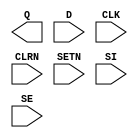
module random_ff( /*AUTOARG*/
// Outputs
Q, 
// Inputs
D, CLK, CLRN, SETN, SI, SE
);

input   D;
input   CLK;
output  Q;
input   CLRN;   //  reset when 0
input   SETN;   // preset when 0
input   SI;     // scan input
input   SE;     // scan enable

parameter D2Q = 0.200; // Q delay

// synopsys translate_off

reg     Q;
reg     syn_notify;
reg     asy_notify;
integer seed;

initial
begin
seed        = 19827;
syn_notify  = 0;
asy_notify  = 0;
end

wire se_check;
wire dq_check;
wire sq_check;

and u_se_check ( se_check, CLRN, SETN      );
and u_dq_check ( dq_check, CLRN, SETN, ~SE );
and u_sq_check ( sq_check, CLRN, SETN,  SE );

wire CLK_is_X = (CLK ===0) ? 1'b0 : ((CLK ===1) ? 1'b0 : ($stime > 0));
wire CLR_is_X = (CLRN===0) ? 1'b0 : ((CLRN===1) ? 1'b0 : ($stime > 0));
wire SET_is_X = (SETN===0) ? 1'b0 : ((SETN===1) ? 1'b0 : ($stime > 0));

wire #0.1 old_CLK = CLK; // X->1 should NOT work like a 0->1 edge

//
// handle CLK input
//
always @( posedge CLK )
begin
 case( SE | old_CLK )
 1'b0:    Q <= #(D2Q)    D;
 1'b1:    Q <= #(D2Q)   SI;
 default: Q <= #(D2Q) 1'bX;
 endcase
end

//
// handle async inputs
//
always @( negedge CLRN or negedge SETN )
begin
 case( { SETN, CLRN } )

 2'b00:   Q <= #(D2Q)1'b1; // both set & clr?????

 2'b0Z,
 2'b0X,                    // set wins
 2'b01:   Q <= #(D2Q)1'b1;

 2'bZ0,
 2'bX0,                    // clr wins
 2'b10:   Q <= #(D2Q)1'b0;

 default: Q <= #(D2Q)1'bX; // no good...
 endcase
end

//
// handle CLK, CLRN, or SETN going X/Z (Q -> X).
// handle setup/hold violation         (Q -> 0 or 1).
//

always @( syn_notify or posedge CLK_is_X or posedge CLR_is_X or posedge SET_is_X )
if( CLK_is_X | CLR_is_X | SET_is_X )
begin
          Q <= 1'bX;
          Q <= #(D2Q) 1'bX;
end
else
begin
          Q <= 1'bX;
          Q <= #(D2Q) $random(seed);
end

//
// all these specparams are technology-specific;
// just provide place-holders for now...
// Note: Don't expect the testbench to work after you change all these values.
//

specify
specparam
            r_width = 0.48,
            p_width = 0.49,
            d_setup = 0.50,
            d_hold  = 0.51,
           si_setup = 0.52,
           si_hold  = 0.53,
           se_setup = 0.54,
           se_hold  = 0.55,
            r_setup = 0.56,
            r_hold  = 0.57,
            p_setup = 0.59,
            p_hold  = 0.60,
          rvp_setup = 0.62,  // reset vs. preset
          rvp_hold  = 0.63;

// While no SETN and no CLRN and no SE;
// If D changes near CLK,  Q is uncertain
$setuphold( posedge CLK &&& (dq_check===1), posedge D ,  d_setup,  d_hold, syn_notify );
$setuphold( posedge CLK &&& (dq_check===1), negedge D ,  d_setup,  d_hold, syn_notify );

// While no SETN and no CLRN;
// If SE changes near CLK, Q is uncertain
$setuphold( posedge CLK &&& (se_check===1), posedge SE, se_setup, se_hold, syn_notify );
$setuphold( posedge CLK &&& (se_check===1), negedge SE, se_setup, se_hold, syn_notify );

// While no SETN and no CLRN and is SE;
// If SI changes near CLK, Q is uncertain
$setuphold( posedge CLK &&& (sq_check===1), posedge SI, si_setup, si_hold, syn_notify );
$setuphold( posedge CLK &&& (sq_check===1), negedge SI, si_setup, si_hold, syn_notify );

// While no SETN;
// If CLRN de-asserts near CLK, it's uncertain which wins; CLRN or CLK.
$setuphold( posedge CLK &&&      (SETN===1), posedge CLRN,  r_setup  ,  r_hold, asy_notify );

// While no CLRN;
// If SETN de-asserts near CLK, it's uncertain which wins; SETN or CLK.
$setuphold( posedge CLK &&&      (CLRN===1), posedge SETN,  p_setup  ,  p_hold, asy_notify );

// If CLRN de-asserts near SETN deassertion, it's uncertain which wins; SETN or CLRN.
$setuphold( posedge CLRN, posedge SETN,  rvp_setup, rvp_hold,  asy_notify );

// check for narrow CLRNs
$width(                   negedge CLRN,  r_width  , 0,         asy_notify );

// check for narrow SETNs
$width(                   negedge SETN,  p_width  , 0,         asy_notify );

endspecify

// synopsys translate_on

endmodule